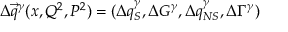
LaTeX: \Delta \vec { q } ^ { \gamma } ( x , Q ^ { 2 } , P ^ { 2 } ) = ( \Delta q _ { S } ^ { \gamma } , \Delta G ^ { \gamma } , \Delta q _ { N S } ^ { \gamma } , \Delta \Gamma ^ { \gamma } )